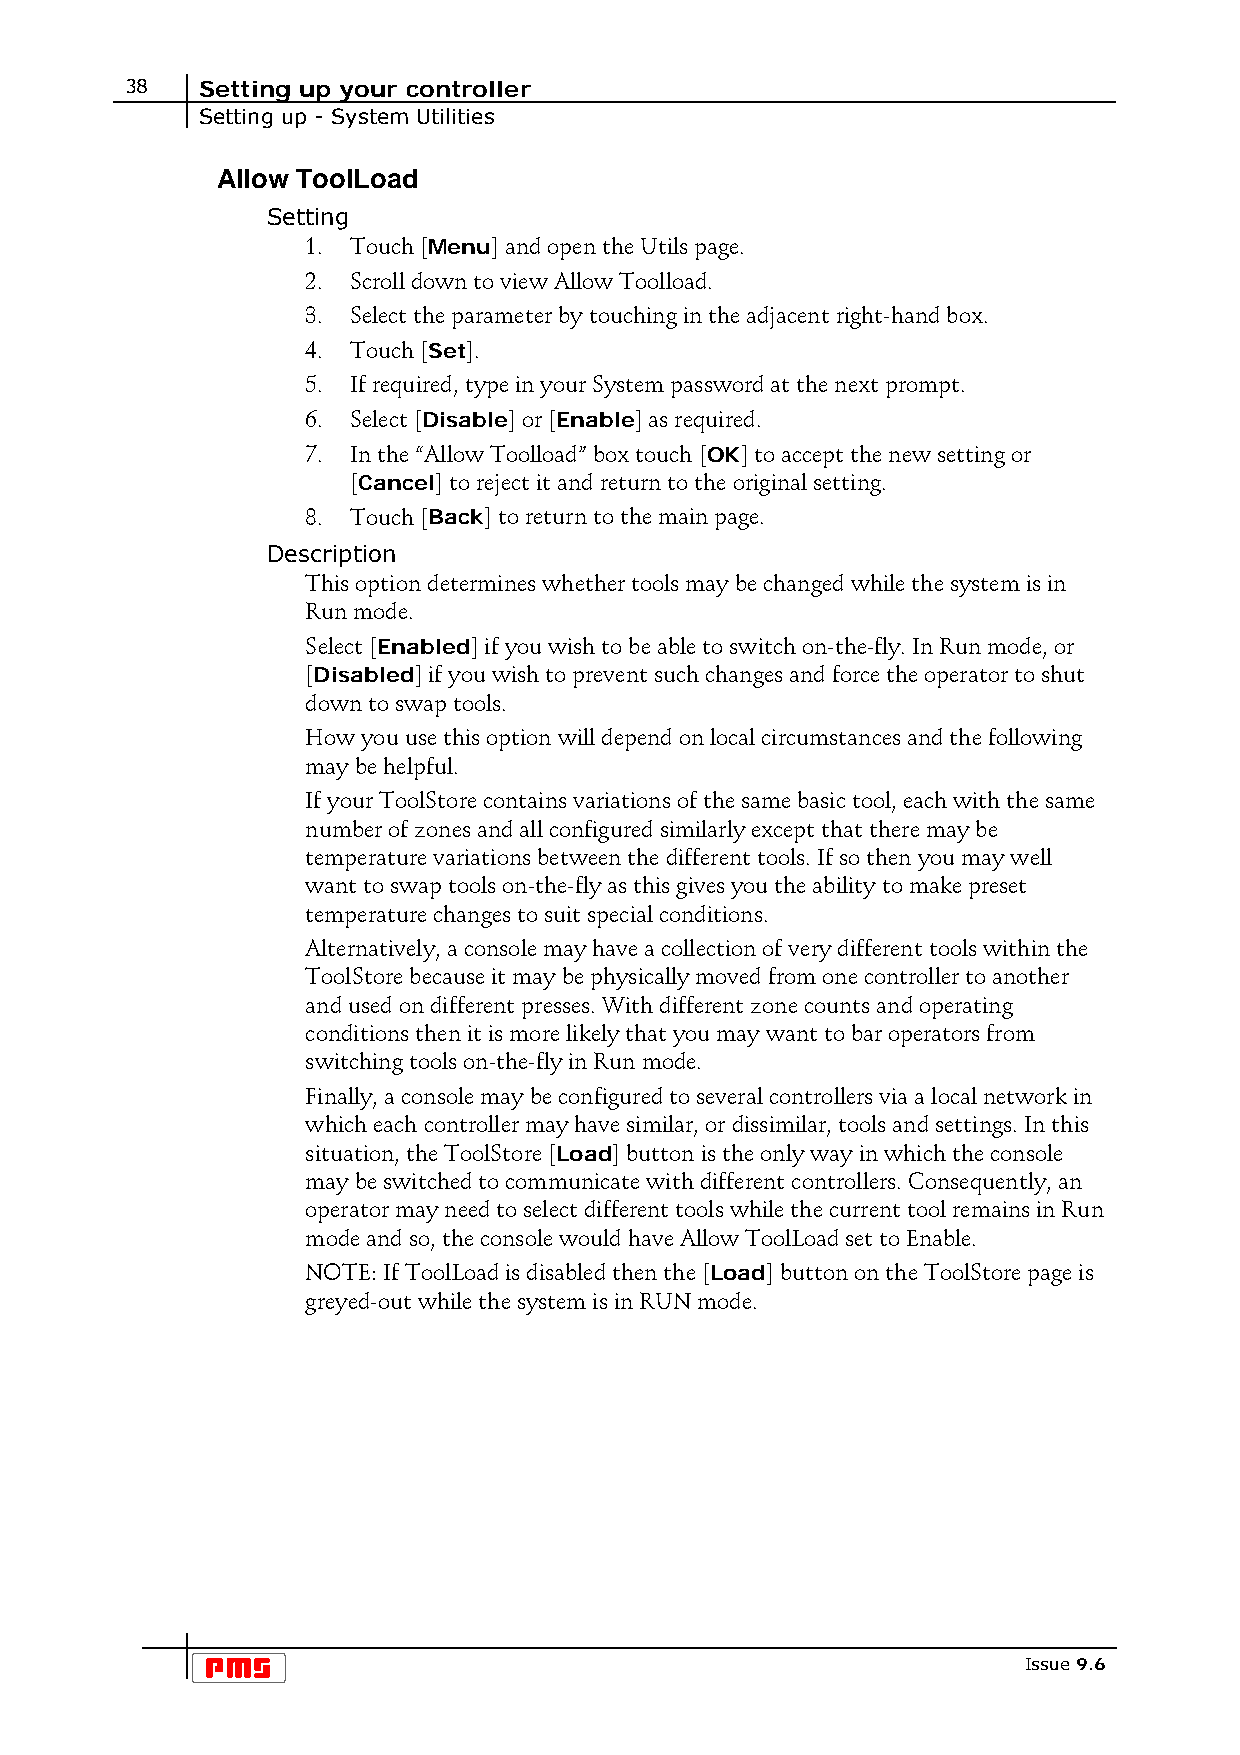
38   Setting up your controller
 Setting up - System Utilities
 Allow ToolLoad
 Setting
 1. Touch [Menu] and open the Utils page.
 2. Scroll down to view Allow Toolload.
 3. Select the parameter by touching in the adjacent right-hand box.
 4. Touch [Set].
 5. If required, type in your System password at the next prompt.
 6. Select [Disable] or [Enable] as required.
 7. In the “Allow Toolload” box touch [OK] to accept the new setting or
 [Cancel] to reject it and return to the original setting.
 8. Touch [Back] to return to the main page.
 Description
 This option determines whether tools may be changed while the system is in
 Run mode.
 Select [Enabled] if you wish to be able to switch on-the-fly. In Run mode, or
 [Disabled] if you wish to prevent such changes and force the operator to shut
 down to swap tools.
 How you use this option will depend on local circumstances and the following
 may be helpful.
 If your ToolStore contains variations of the same basic tool, each with the same
 number of zones and all configured similarly except that there may be
 temperature variations between the different tools. If so then you may well
 want to swap tools on-the-fly as this gives you the ability to make preset
 temperature changes to suit special conditions.
 Alternatively, a console may have a collection of very different tools within the
 ToolStore because it may be physically moved from one controller to another
 and used on different presses. With different zone counts and operating
 conditions then it is more likely that you may want to bar operators from
 switching tools on-the-fly in Run mode.
 Finally, a console may be configured to several controllers via a local network in
 which each controller may have similar, or dissimilar, tools and settings. In this
 situation, the ToolStore [Load] button is the only way in which the console
 may be switched to communicate with different controllers. Consequently, an
 operator may need to select different tools while the current tool remains in Run
 mode and so, the console would have Allow ToolLoad set to Enable.
 NOTE: If ToolLoad is disabled then the [Load] button on the ToolStore page is
 greyed-out while the system is in RUN mode.
 Issue 9.6